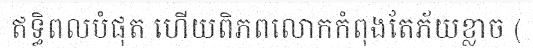
ឥទ្ធិពលបំផុត ហើយពិភពលោកកំពុងតែភ័យខ្លាច (